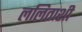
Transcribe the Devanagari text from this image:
ललिताशी